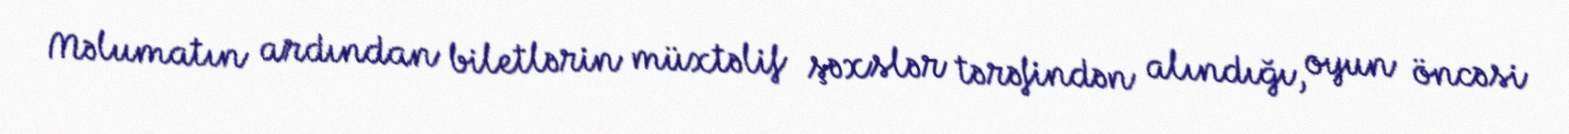
Məlumatın ardından biletlərin müxtəlif şəxslər tərəfindən alındığı, oyun öncəsi